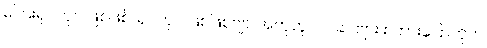
ကြေးရုပ်တုပဲ ဖြစ်ဖြစ်၊ ရုပ်တုပဲ ဖြစ်ဖြစ်ဗျာ၊ အတူတူပါပဲ၊ ခင်ဗျား စကားပြောကိုက